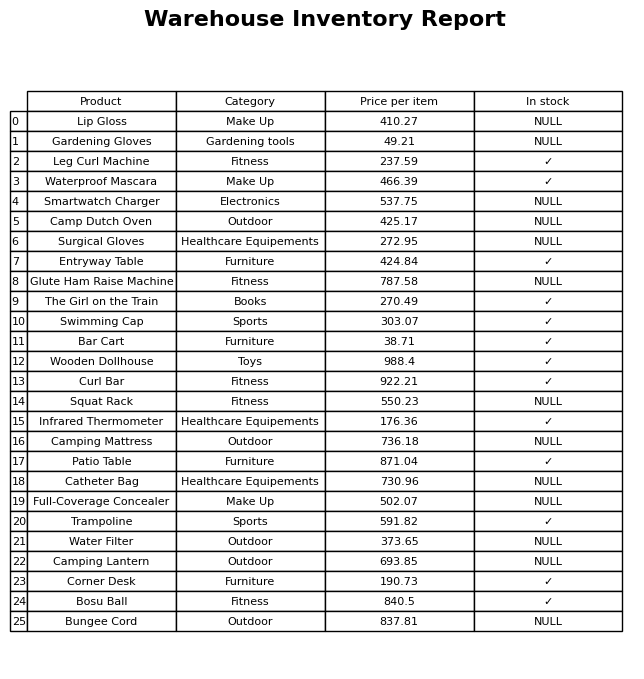
question: What is the price of the Waterproof Mascara?
answer: The price of Waterproof Mascara is 466.39.